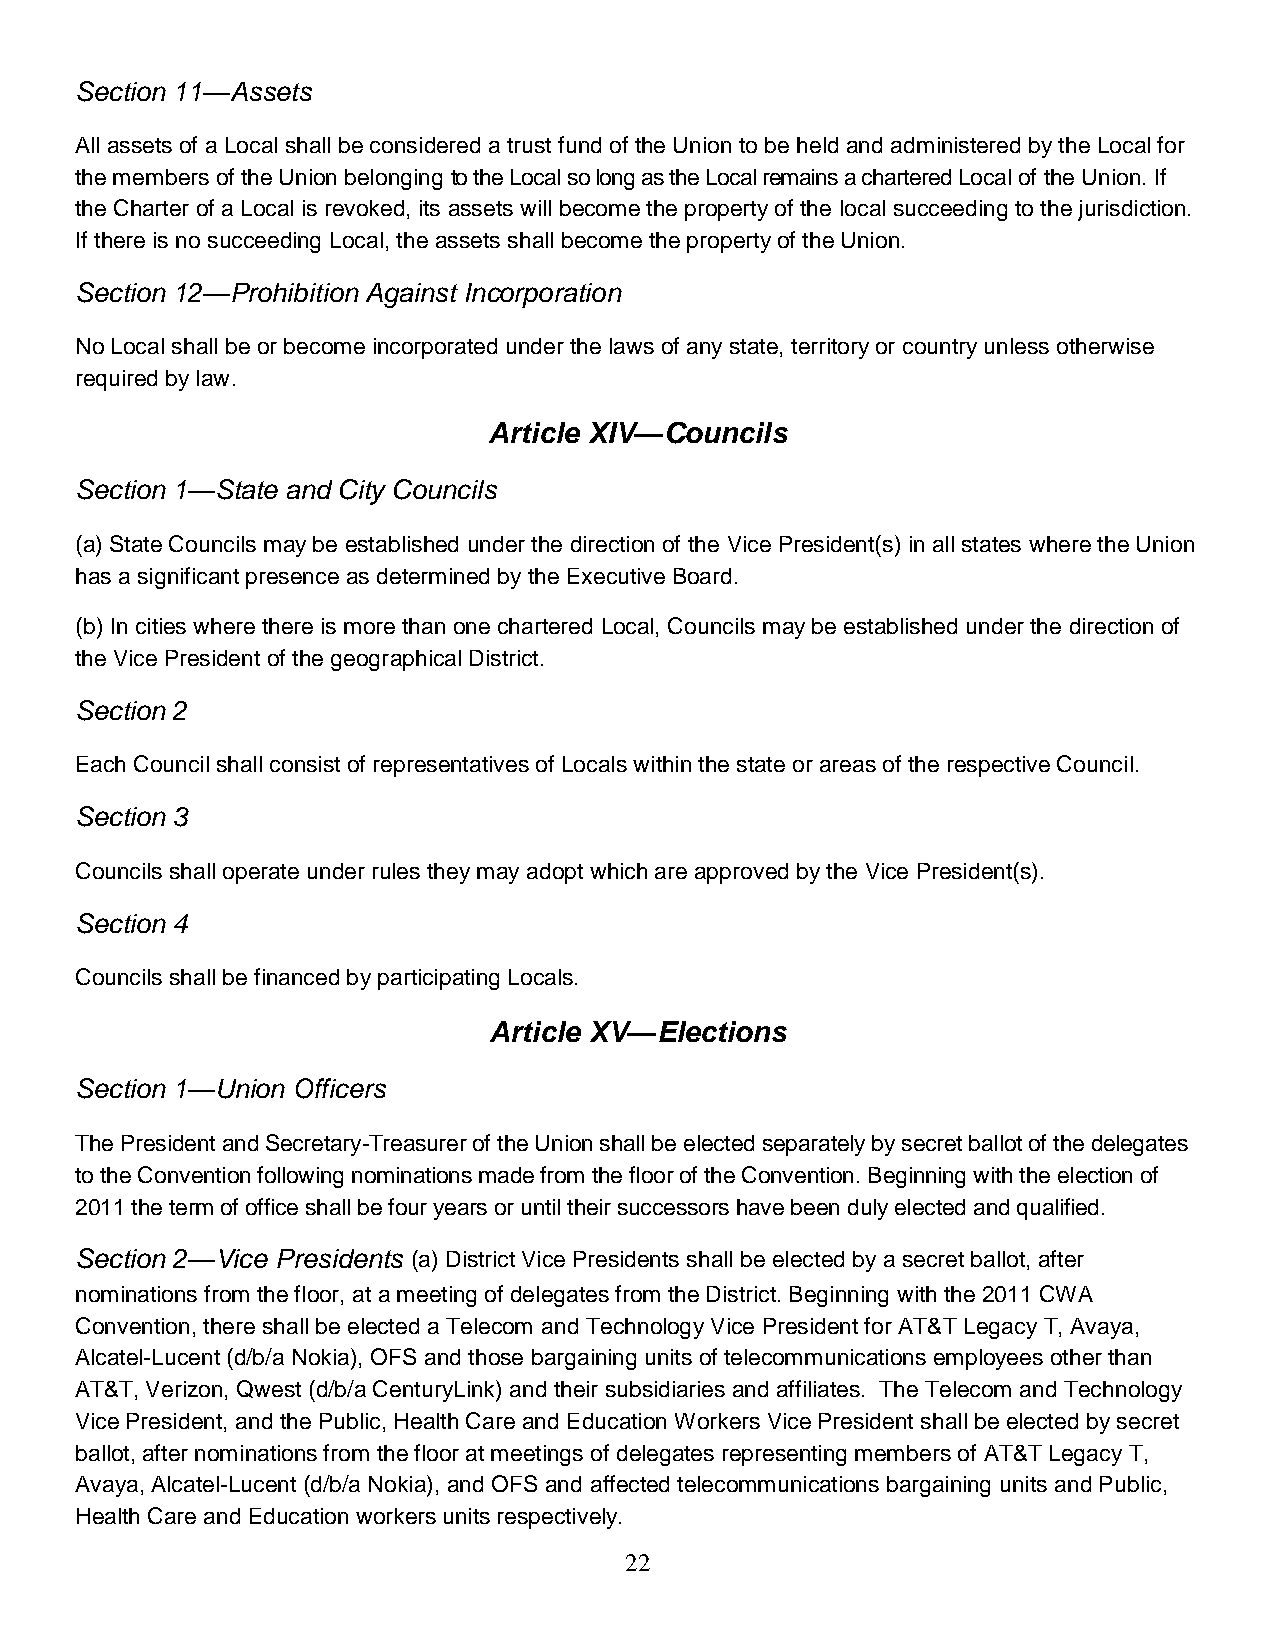
Section 11—Assets
 All assets of a Local shall be considered a trust fund of the Union to be held and administered by the Local for
 the members of the Union belonging to the Local so long as the Local remains a chartered Local of the Union. If
 the Charter of a Local is revoked, its assets will become the property of the local succeeding to the jurisdiction.
 If there is no succeeding Local, the assets shall become the property of the Union.
 Section 12—Prohibition Against Incorporation
 No Local shall be or become incorporated under the laws of any state, territory or country unless otherwise
 required by law.
 Article XIV—Councils
 Section 1—State and City Councils
 (a) State Councils may be established under the direction of the Vice President(s) in all states where the Union
 has a significant presence as determined by the Executive Board.
 (b) In cities where there is more than one chartered Local, Councils may be established under the direction of
 the Vice President of the geographical District.
 Section 2
 Each Council shall consist of representatives of Locals within the state or areas of the respective Council.
 Section 3
 Councils shall operate under rules they may adopt which are approved by the Vice President(s).
 Section 4
 Councils shall be financed by participating Locals.
 Article XV—Elections
 Section 1—Union Officers
 The President and Secretary-Treasurer of the Union shall be elected separately by secret ballot of the delegates
 to the Convention following nominations made from the floor of the Convention. Beginning with the election of
 2011 the term of office shall be four years or until their successors have been duly elected and qualified.
 Section 2—Vice Presidents (a) District Vice Presidents shall be elected by a secret ballot, after
 nominations from the floor, at a meeting of delegates from the District. Beginning with the 2011 CWA
 Convention, there shall be elected a Telecom and Technology Vice President for AT&T Legacy T, Avaya,
 Alcatel-Lucent (d/b/a Nokia), OFS and those bargaining units of telecommunications employees other than
 AT&T, Verizon, Qwest (d/b/a CenturyLink) and their subsidiaries and affiliates. The Telecom and Technology
 Vice President, and the Public, Health Care and Education Workers Vice President shall be elected by secret
 ballot, after nominations from the floor at meetings of delegates representing members of AT&T Legacy T,
 Avaya, Alcatel-Lucent (d/b/a Nokia), and OFS and affected telecommunications bargaining units and Public,
 Health Care and Education workers units respectively.
 22